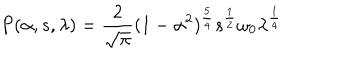
P ( \alpha , s , \lambda ) = \frac { 2 } { \sqrt \pi } ( 1 - \alpha ^ { 2 } ) ^ { \frac { 5 } { 4 } } s ^ { \frac { 1 } { 2 } } \omega _ { 0 } \lambda ^ { \frac { 1 } { 4 } }